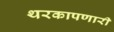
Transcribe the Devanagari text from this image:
थरकापणारी